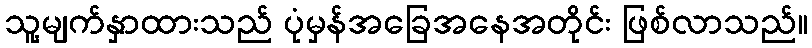
သူ့မျက်နှာထားသည် ပုံမှန်အခြေအနေအတိုင်း ဖြစ်လာသည်။